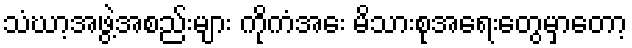
သံဃာ့အဖွဲ့အစည်းများ ကိုကံအေး မိသားစုအရေးတွေမှာတော့